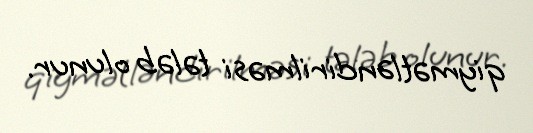
qiymətləndirilməsi tələb olunur.